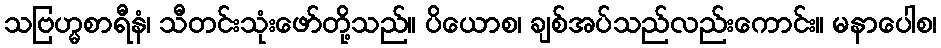
သဗြဟ္မစာရီနံ၊ သီတင်းသုံးဖော်တို့သည်။ ပိယောစ၊ ချစ်အပ်သည်လည်းကောင်း။ မနာပေါစ၊